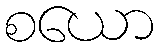
စယော